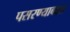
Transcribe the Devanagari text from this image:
पसरण्याबद्दल